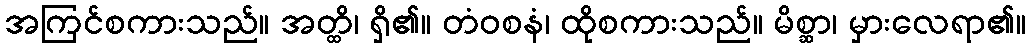
အကြင်စကားသည်။ အတ္ထိ၊ ရှိ၏။ တံဝစနံ၊ ထိုစကားသည်။ မိစ္ဆာ၊ မှားလေရာ၏။